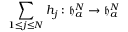
\sum _ { 1 \le j \le N } h _ { j } : \mathfrak { h } _ { a } ^ { N } \to \mathfrak { h } _ { a } ^ { N }